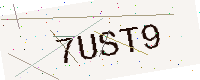
Text: 7UST9